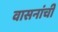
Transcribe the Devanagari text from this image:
वासनांची